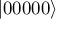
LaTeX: | 0 0 0 0 0 \rangle